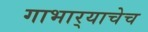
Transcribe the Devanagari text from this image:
गाभार्‍याचेच